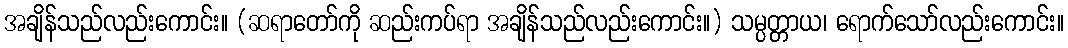
အချိန်သည်လည်းကောင်း။ (ဆရာတော်ကို ဆည်းကပ်ရာ အချိန်သည်လည်းကောင်း။) သမ္ပတ္တာယ၊ ရောက်သော်လည်းကောင်း။